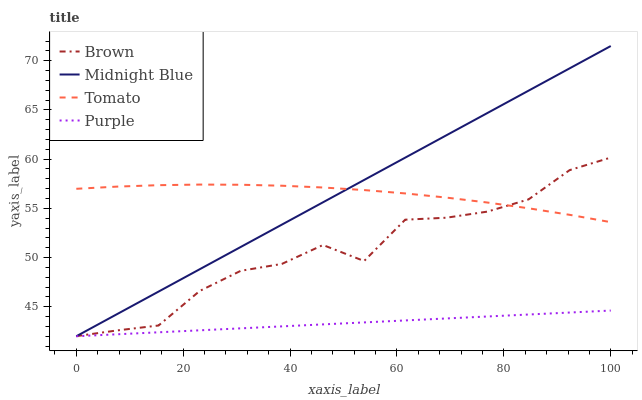
| xaxis_label | Brown | Midnight Blue | Tomato | Purple |
 | --- | --- | --- | --- | --- |
 | 0 | 42 | 42 | 57 | 42 |
 | 7.69 | 42.6 | 44.3 | 57.2 | 42.2 |
 | 15.4 | 43.1 | 46.5 | 57.4 | 42.4 |
 | 23.1 | 46.6 | 48.8 | 57.4 | 42.6 |
 | 30.8 | 48.7 | 51.1 | 57.4 | 42.8 |
 | 38.5 | 49.4 | 53.3 | 57.3 | 43 |
 | 46.2 | 51.3 | 55.6 | 57.1 | 43.2 |
 | 53.8 | 49.6 | 57.9 | 56.9 | 43.4 |
 | 61.5 | 53.8 | 60.2 | 56.5 | 43.6 |
 | 69.2 | 54 | 62.4 | 56.1 | 43.8 |
 | 76.9 | 54.7 | 64.7 | 55.6 | 44 |
 | 84.6 | 55.9 | 67 | 55 | 44.2 |
 | 92.3 | 58.9 | 69.2 | 54.3 | 44.4 |
 | 100 | 60.2 | 71.5 | 53.6 | 44.6 |